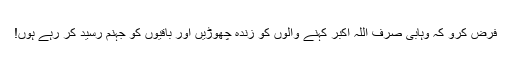
فرض کرو کہ وہابی صرف اللّہُ اکبر کہنے والوں کو زندہ چھوڑیں اور باقیوں کو جہنم رسید کر رہے ہوں!